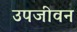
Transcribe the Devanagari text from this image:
उपजीवन